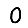
Digit: 0